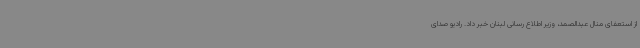
از استعفای منال عبدالصمد، وزیر اطلاع رسانی لبنان خبر داد. رادیو صدای